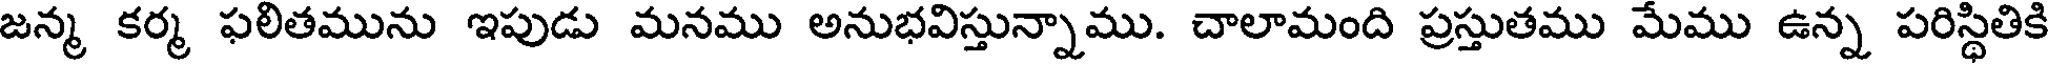
జన్మ కర్మ ఫలితమును ఇపుడు మనము అనుభవిస్తున్నాము. చాలామంది ప్రస్తుతము మేము ఉన్న పరిస్థితికి